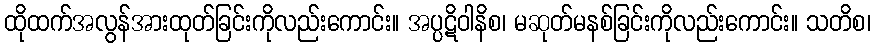
ထိုထက်အလွန်အားထုတ်ခြင်းကိုလည်းကောင်း။ အပ္ပဋိဝါနိစ၊ မဆုတ်မနစ်ခြင်းကိုလည်းကောင်း။ သတိစ၊